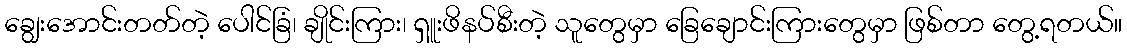
ချွေးအောင်းတတ်တဲ့ ပေါင်ခြံ၊ ချိုင်းကြား၊ ရှူးဖိနပ်စီးတဲ့ သူတွေမှာ ခြေချောင်းကြားတွေမှာ ဖြစ်တာ တွေ့ရတယ်။